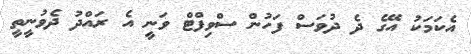
އެކަމަކު އޭގެ ދެ ދުވަސް ފަހުން ސްވިފްޓް ވަނީ އެ ރައްދު ދެވުނީތީ